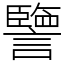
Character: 譼